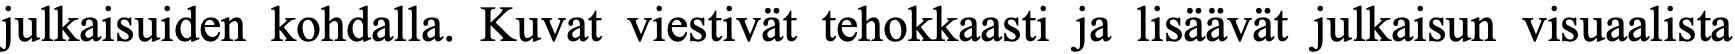
julkaisuiden kohdalla. Kuvat viestivät tehokkaasti ja lisäävät julkaisun visuaalista